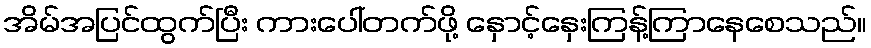
အိမ်အပြင်ထွက်ပြီး ကားပေါ်တက်ဖို့ နှောင့်နှေးကြန့်ကြာနေစေသည်။